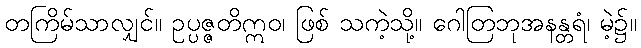
တကြိမ်သာလျှင်။ ဥပ္ပဇ္ဇတိဣဝ၊ ဖြစ် သကဲ့သို့။ ဂေါတြဘုအနန္တရံ၊ မဲ့၌။